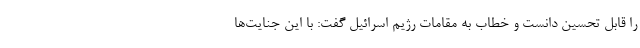
را قابل تحسین دانست و خطاب به مقامات رژیم اسرائیل گفت: با این جنایت‌ها